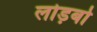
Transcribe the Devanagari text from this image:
लोड़बो